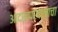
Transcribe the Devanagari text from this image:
आदानप्रदानाचा